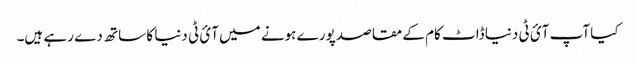
کیا آپ آئ ٹی دنیا ڈاٹ کام کے مقاصد پورے ہونے میں آئ ٹی دنیا کا ساتھ دے رہے ہیں۔